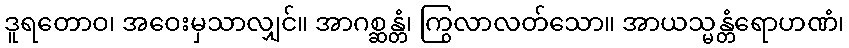
ဒူရတောဝ၊ အဝေးမှသာလျှင်။ အာဂစ္ဆန္တံ၊ ကြွလာလတ်သော။ အာယသ္မန္တံရောဟဏံ၊